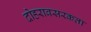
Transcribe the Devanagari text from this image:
दोहरावसरकता